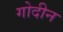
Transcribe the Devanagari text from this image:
गोदीन